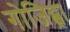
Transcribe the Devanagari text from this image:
गोजिह्वा